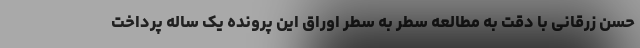
حسن زرقانی با دقت به مطالعه سطر به سطر اوراق این پرونده یک ساله پرداخت